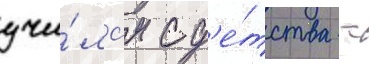
учи́лс'я с д'е́тства -